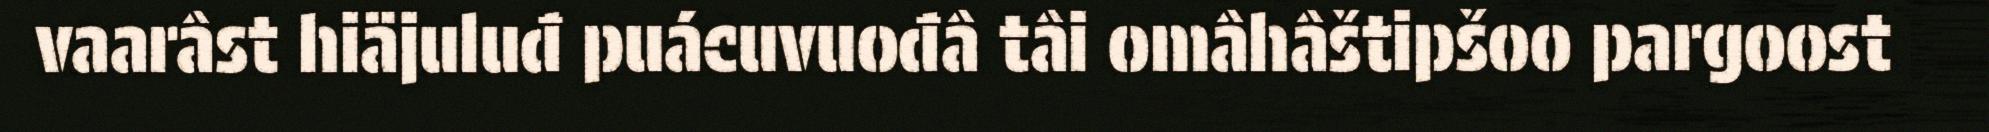
vaarâst hiäjuluđ puácuvuođâ tâi omâhâštipšoo pargoost